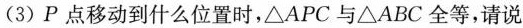
(3)P点移动到什么位置时，△APC与△ABC全等，请说